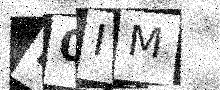
Text: H0IM